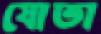
যোতা